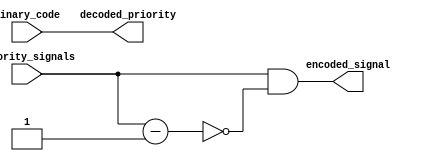
module PriorityEncoderDecoder (
    input [7:0] priority_signals,
    input [2:0] binary_code,
    output reg [7:0] encoded_signal,
    output reg [2:0] decoded_priority
);

assign encoded_signal = priority_signals & (~(priority_signals - 1));
assign decoded_priority = binary_code;

endmodule